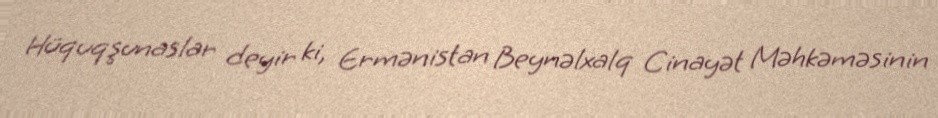
Hüquqşunaslar deyir ki, Ermənistan Beynəlxalq Cinayət Məhkəməsinin